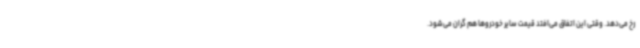
رخ می‌دهد. وقتی این اتفاق می‌افتد قیمت سایر خودروها هم گران می‌شود.